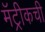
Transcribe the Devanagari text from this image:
मॅट्रीकची